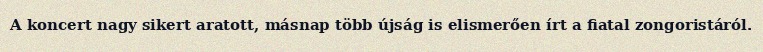
A koncert nagy sikert aratott, másnap több újság is elismerően írt a fiatal zongoristáról.